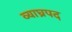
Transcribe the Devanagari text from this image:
व्याघ्रपद